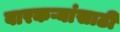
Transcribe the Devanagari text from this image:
वारकऱ्यांसाठी